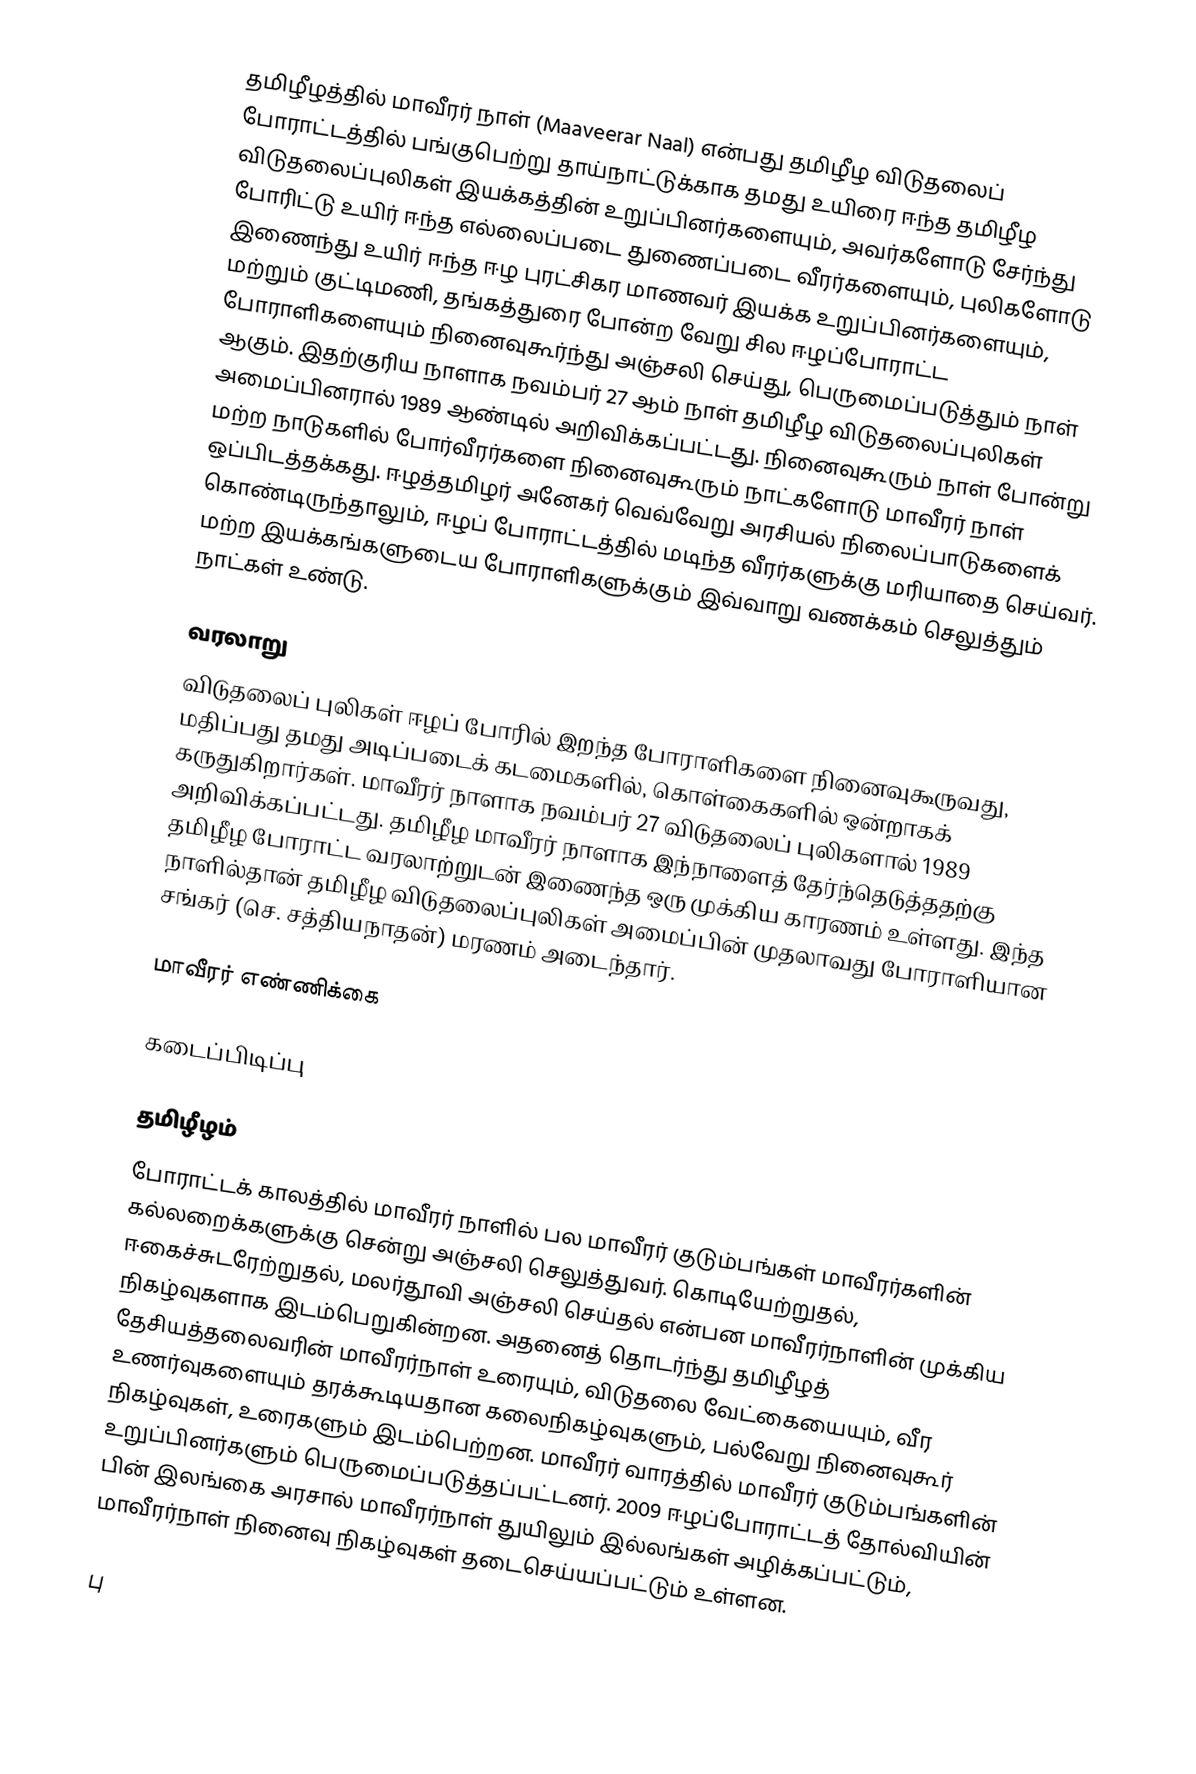
தமிழீழத்தில் மாவீரர் நாள் (Maaveerar Naal) என்பது தமிழீழ விடுதலைப் போராட்டத்தில் பங்குபெற்று தாய்நாட்டுக்காக தமது உயிரை ஈந்த தமிழீழ விடுதலைப்புலிகள் இயக்கத்தின் உறுப்பினர்களையும், அவர்களோடு சேர்ந்து போரிட்டு உயிர் ஈந்த எல்லைப்படை துணைப்படை வீரர்களையும், புலிகளோடு இணைந்து உயிர் ஈந்த ஈழ புரட்சிகர மாணவர் இயக்க உறுப்பினர்களையும், மற்றும் குட்டிமணி, தங்கத்துரை போன்ற வேறு சில ஈழப்போராட்ட போராளிகளையும்  நினைவுகூர்ந்து அஞ்சலி செய்து, பெருமைப்படுத்தும் நாள் ஆகும். இதற்குரிய நாளாக நவம்பர் 27 ஆம் நாள் தமிழீழ விடுதலைப்புலிகள் அமைப்பினரால் 1989 ஆண்டில் அறிவிக்கப்பட்டது. நினைவுகூரும் நாள் போன்று மற்ற நாடுகளில் போர்வீரர்களை நினைவுகூரும் நாட்களோடு மாவீரர் நாள் ஒப்பிடத்தக்கது. ஈழத்தமிழர் அனேகர் வெவ்வேறு அரசியல் நிலைப்பாடுகளைக் கொண்டிருந்தாலும், ஈழப் போராட்டத்தில் மடிந்த வீரர்களுக்கு மரியாதை செய்வர். மற்ற இயக்கங்களுடைய போராளிகளுக்கும் இவ்வாறு வணக்கம் செலுத்தும் நாட்கள் உண்டு.

வரலாறு
விடுதலைப் புலிகள் ஈழப் போரில் இறந்த போராளிகளை நினைவுகூருவது, மதிப்பது தமது அடிப்படைக் கடமைகளில், கொள்கைகளில் ஒன்றாகக் கருதுகிறார்கள். மாவீரர் நாளாக நவம்பர் 27 விடுதலைப் புலிகளால் 1989 அறிவிக்கப்பட்டது. தமிழீழ மாவீரர் நாளாக இந்நாளைத் தேர்ந்தெடுத்ததற்கு தமிழீழ போராட்ட வரலாற்றுடன் இணைந்த ஒரு முக்கிய காரணம் உள்ளது. இந்த நாளில்தான் தமிழீழ விடுதலைப்புலிகள் அமைப்பின் முதலாவது போராளியான சங்கர் (செ. சத்தியநாதன்) மரணம் அடைந்தார்.

மாவீரர் எண்ணிக்கை

கடைப்பிடிப்பு

தமிழீழம்
போராட்டக் காலத்தில் மாவீரர் நாளில் பல மாவீரர் குடும்பங்கள் மாவீரர்களின் கல்லறைக்களுக்கு சென்று அஞ்சலி செலுத்துவர். கொடியேற்றுதல், ஈகைச்சுடரேற்றுதல், மலர்தூவி அஞ்சலி செய்தல் என்பன மாவீரர்நாளின் முக்கிய நிகழ்வுகளாக இடம்பெறுகின்றன. அதனைத் தொடர்ந்து தமிழீழத் தேசியத்தலைவரின் மாவீரர்நாள் உரையும், விடுதலை வேட்கையையும், வீர உணர்வுகளையும் தரக்கூடியதான கலைநிகழ்வுகளும், பல்வேறு நினைவுகூர் நிகழ்வுகள், உரைகளும் இடம்பெற்றன. மாவீரர் வாரத்தில் மாவீரர் குடும்பங்களின் உறுப்பினர்களும் பெருமைப்படுத்தப்பட்டனர். 2009 ஈழப்போராட்டத் தோல்வியின் பின் இலங்கை அரசால் மாவீரர்நாள் துயிலும் இல்லங்கள் அழிக்கப்பட்டும், மாவீரர்நாள் நினைவு நிகழ்வுகள் தடைசெய்யப்பட்டும் உள்ளன.

பு